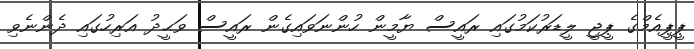
ޕީޕީއެމްގެ ޕީޖީ ލީޑަރުކަމުގައި ރައީސް ޔާމީން ހުންނަވައިގެން ރައީސް ވަޙީދު އަރިހުގައި ދެންނެވި